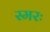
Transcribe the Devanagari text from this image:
स्मरः